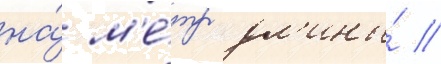
на́ м'е́тр дл'ины́ //